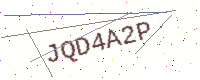
Text: JQD4A2P